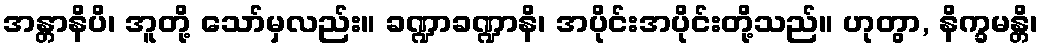
အန္တာနိပိ၊ အူတို့ သော်မှလည်း။ ခဏ္ဍာခဏ္ဍာနိ၊ အပိုင်းအပိုင်းတို့သည်။ ဟုတွာ, နိက္ခမန္တိ၊